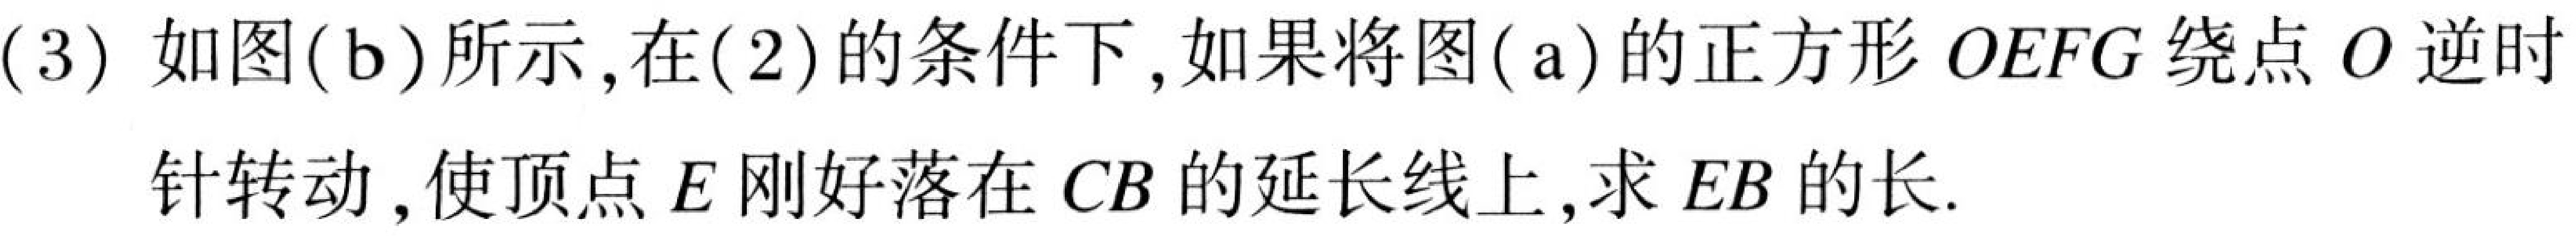
(3) 如图( b)所示,在(2)的条件下,如果将图( a)的正方形 \(OEFG\) 绕点 \(O\) 逆时
针转动,使顶点 \(E\) 刚好落在 \(CB\)的延长线上,求 \(EB\) 的长.